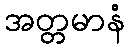
အတ္တမာနံ